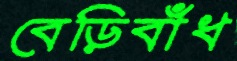
বেড়িবাঁধ